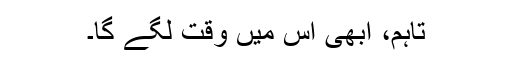
تاہم، ابھی اس میں وقت لگے گا۔